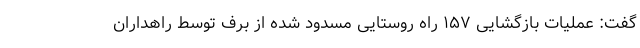
گفت: عملیات بازگشایی ۱۵۷ راه‌ روستایی مسدود شده از برف توسط راهداران